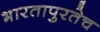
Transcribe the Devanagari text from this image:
भारतापुरतेच